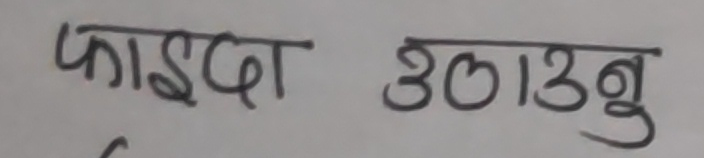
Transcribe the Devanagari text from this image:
फाइदा उठाउनु